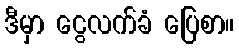
ဒီမှာ ငွေလက်ခံ ပြေစာ။